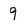
Character: 9